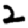
Digit: 2